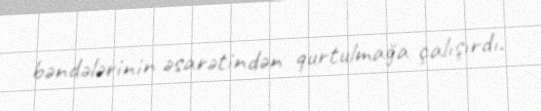
bəndələrinin əsarətindən qurtulmağa çalışırdı.